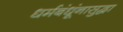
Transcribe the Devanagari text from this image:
धर्मबंधूंनासुद्धा